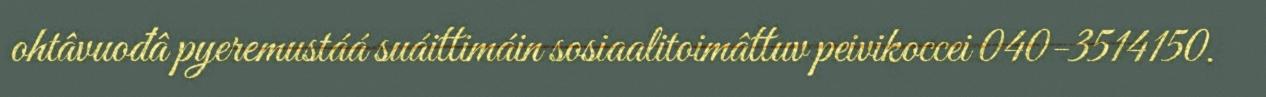
ohtâvuođâ pyeremustáá suáittimáin sosiaalitoimâttuv peivikoccei 040-3514150.